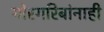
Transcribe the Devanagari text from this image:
गोरगरिबांनाही